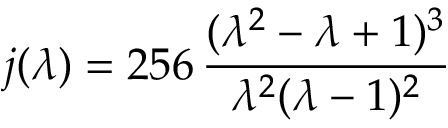
j ( \lambda ) = 2 5 6 \, \frac { ( \lambda ^ { 2 } - \lambda + 1 ) ^ { 3 } } { \lambda ^ { 2 } ( \lambda - 1 ) ^ { 2 } }